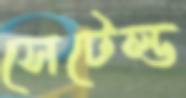
সেটেল্ড